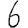
Digit: 6